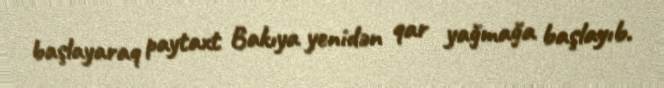
başlayaraq paytaxt Bakıya yenidən qar yağmağa başlayıb.